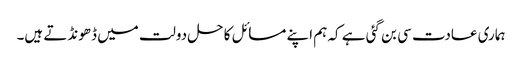
ہماری عادت سی بن گئی ہے کہ ہم اپنے مسائل کا حل دولت میں ڈھونڈتے ہیں۔